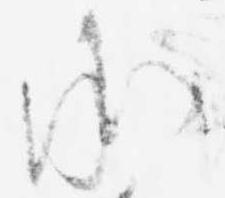
承